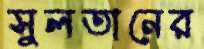
সুলতানের